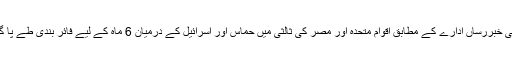
غیرملکی خبررساں ادارے کے مطابق اقوام متحدہ اور مصر کی ثالثی میں حماس اور اسرائیل کے درمیان 6 ماہ کے لیے فائر بندی طے پا گئی ہے۔